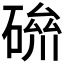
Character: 𥔪